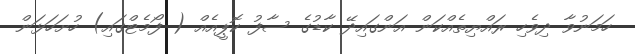
ހަމަނުވާ ދިވެހި ރައްޔިތެއްކަން އަންގައިދޭ ކާޑުގެ ސާފު ކޮޕީއެއް ( ފޯމެޓްގައި) ހުށަހަޅަން